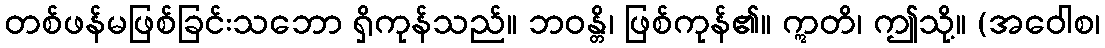
တစ်ဖန်မဖြစ်ခြင်းသဘော ရှိကုန်သည်။ ဘဝန္တိ၊ ဖြစ်ကုန်၏။ ဣတိ၊ ဤသို့။ (အဝေါစ၊